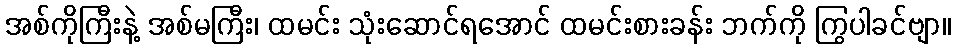
အစ်ကိုကြီးနဲ့ အစ်မကြီး၊ ထမင်း သုံးဆောင်ရအောင် ထမင်းစားခန်း ဘက်ကို ကြွပါခင်ဗျာ။